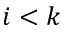
i < k